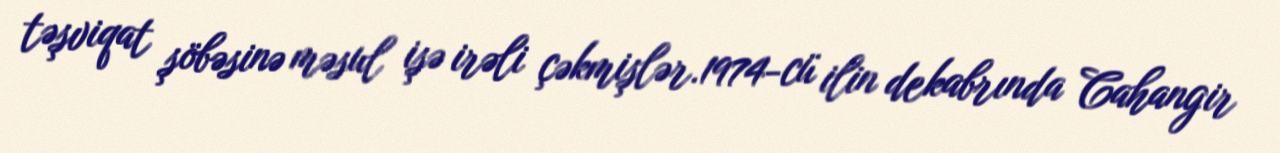
təşviqat şöbəsinə məsul işə irəli çəkmişlər.1974-cü ilin dekabrında Cahangir